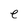
Character: e